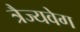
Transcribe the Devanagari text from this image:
त्रैज्यवेग